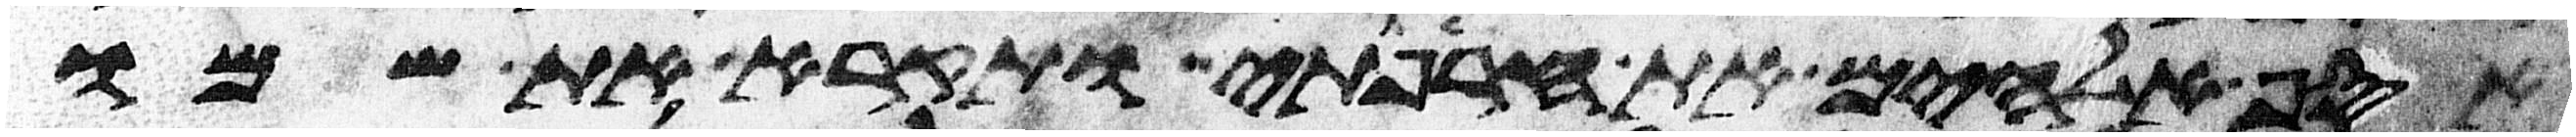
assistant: אסף אלהים את חרפתי ותקרא את שמו